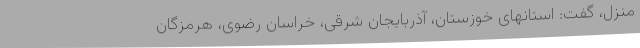
منزل، گفت: استانهای خوزستان، آذربایجان شرقی، خراسان رضوی، هرمزگان